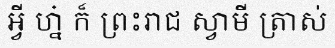
អ្វី ហ្ន៎ ក៏ ព្រះរាជ ស្វាមី ត្រាស់